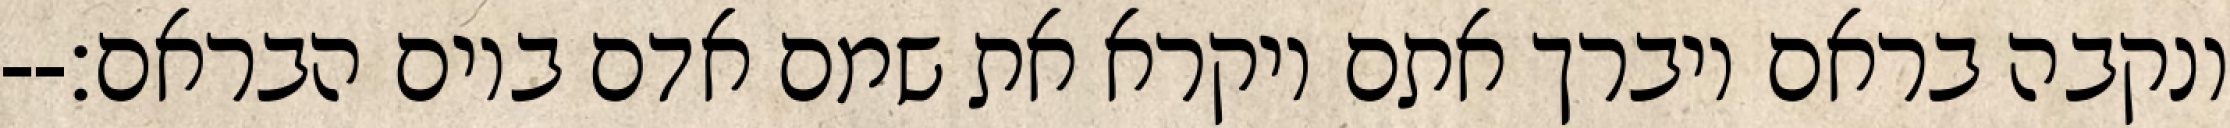
ונקבה בראם ויברך אתם ויקרא את שמם אדם ביום הבראם׃--